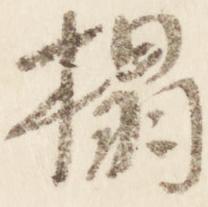
榻